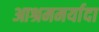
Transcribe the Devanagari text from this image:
आश्रममर्यादा